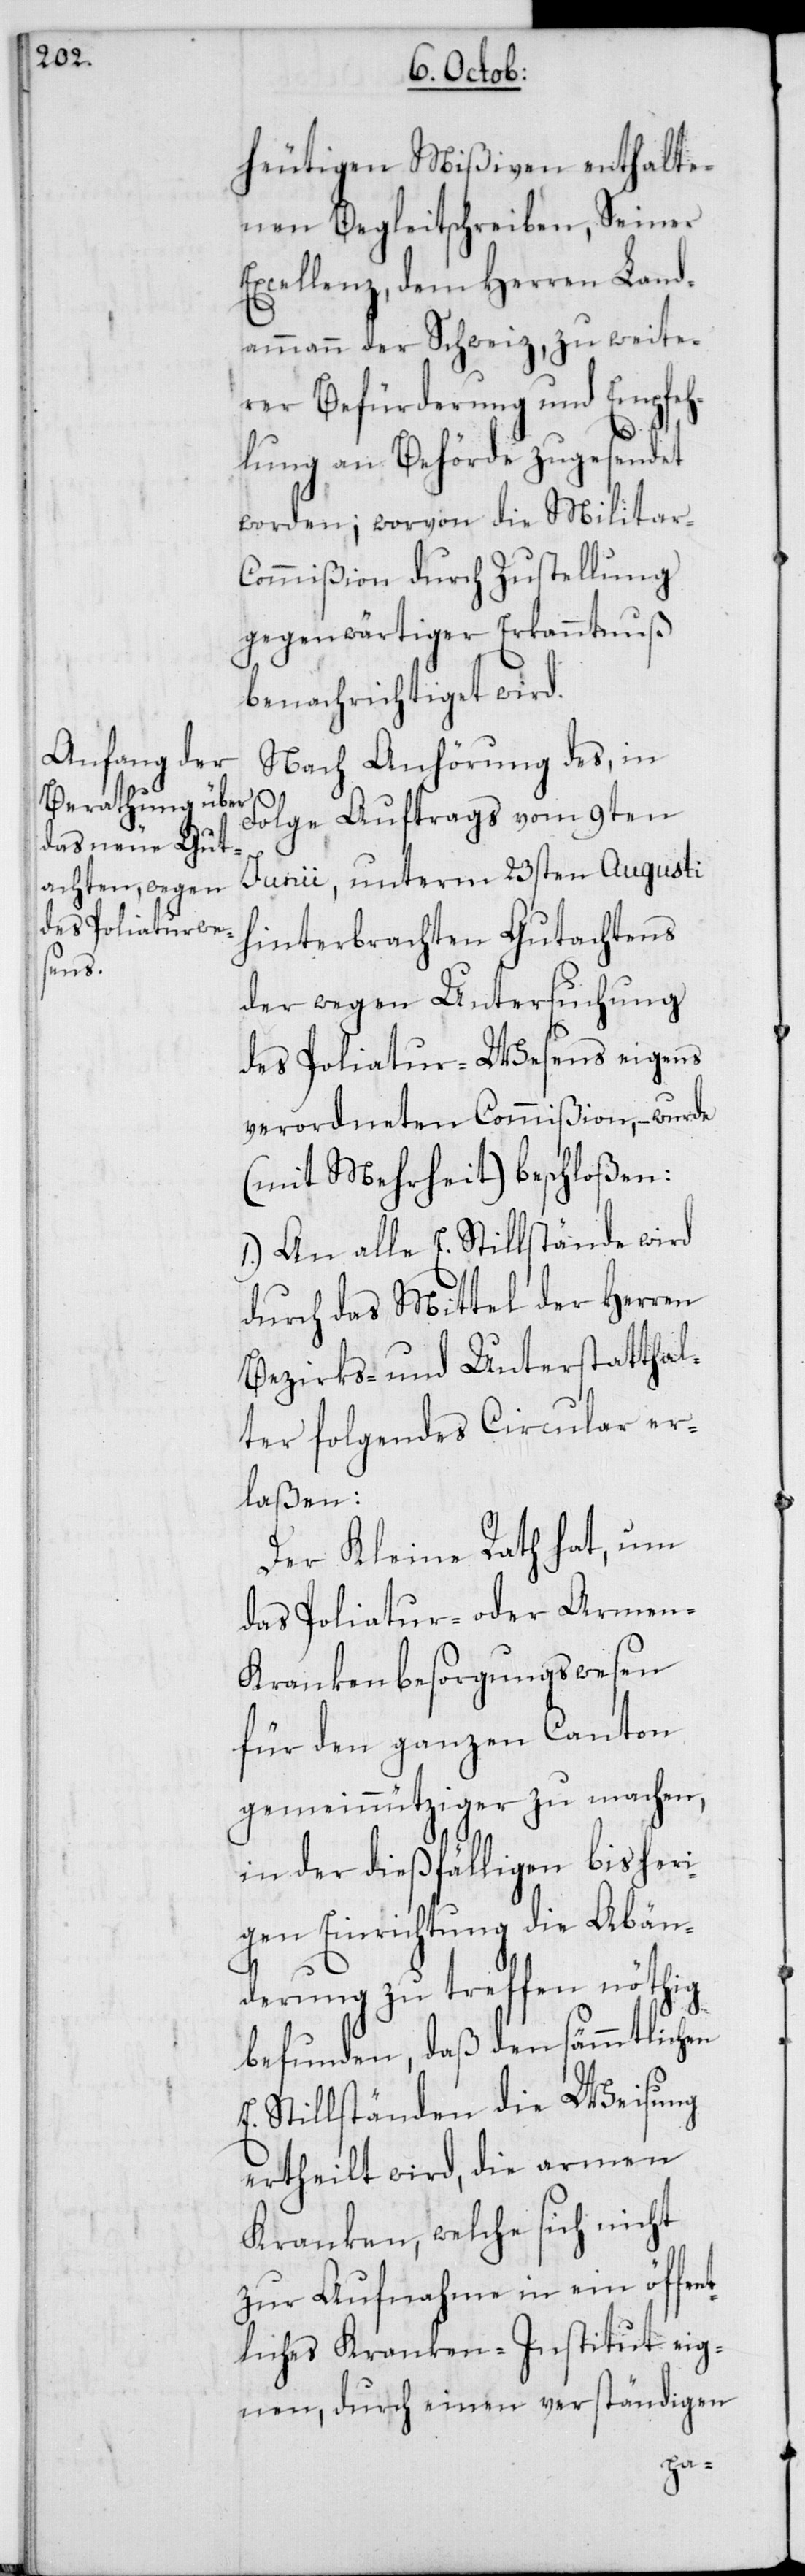
heutigen Mißiven enthalte¬
nen Begleitschreiben, Seiner
Excellenz, dem Herren Land¬
ammann der Schweiz, zu weite¬
rer Befürderung und Empfeh¬
lung an Behörde zugesendet
worden; worvon die Militar-C¬
ommißion durch Zustellung
gegenwärtiger Erkanntnuß
benachrichtiget wird.
Nach Anhörung des, in
Folge Auftrags vom 9ten
Junii, unterm 23sten Augusti
hinterbrachten Gutachtens
der wegen Untersuchung
des Poliatur-Wesens eigens
verordneten Commißion, – wurde
(mit Mehrheit) beschloßen:
1. An alle E. Stillstände wird
durch das Mittel der Herren
Bezirks- und Unterstatthal¬
ter folgendes Circular er¬
laßen:
Der Kleine Rath hat, um
das Poliatur- oder Armen-K¬
rankenbesorgungswesen
für den ganzen Canton
gemeinnütziger zu machen,
in der dießfälligen bisheri¬
gen Einrichtung die Abän¬
derung zu treffen nöthig
befunden, daß den sämmtlichen
E. Stillständen die Weisung
ertheilt wird, die armen
Kranken, welche sich nicht
zur Aufnahme in ein öffen¬
tliches Kranken-Institut eig¬
nen, durch einen verständigen